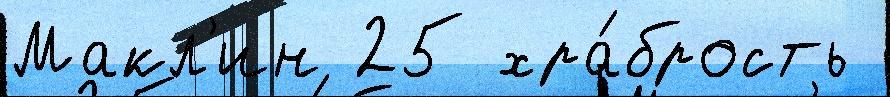
Макл'ин 25 хра́брость